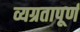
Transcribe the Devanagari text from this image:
व्यग्रतापूर्ण